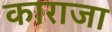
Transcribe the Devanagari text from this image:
काराजा